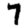
Digit: 7